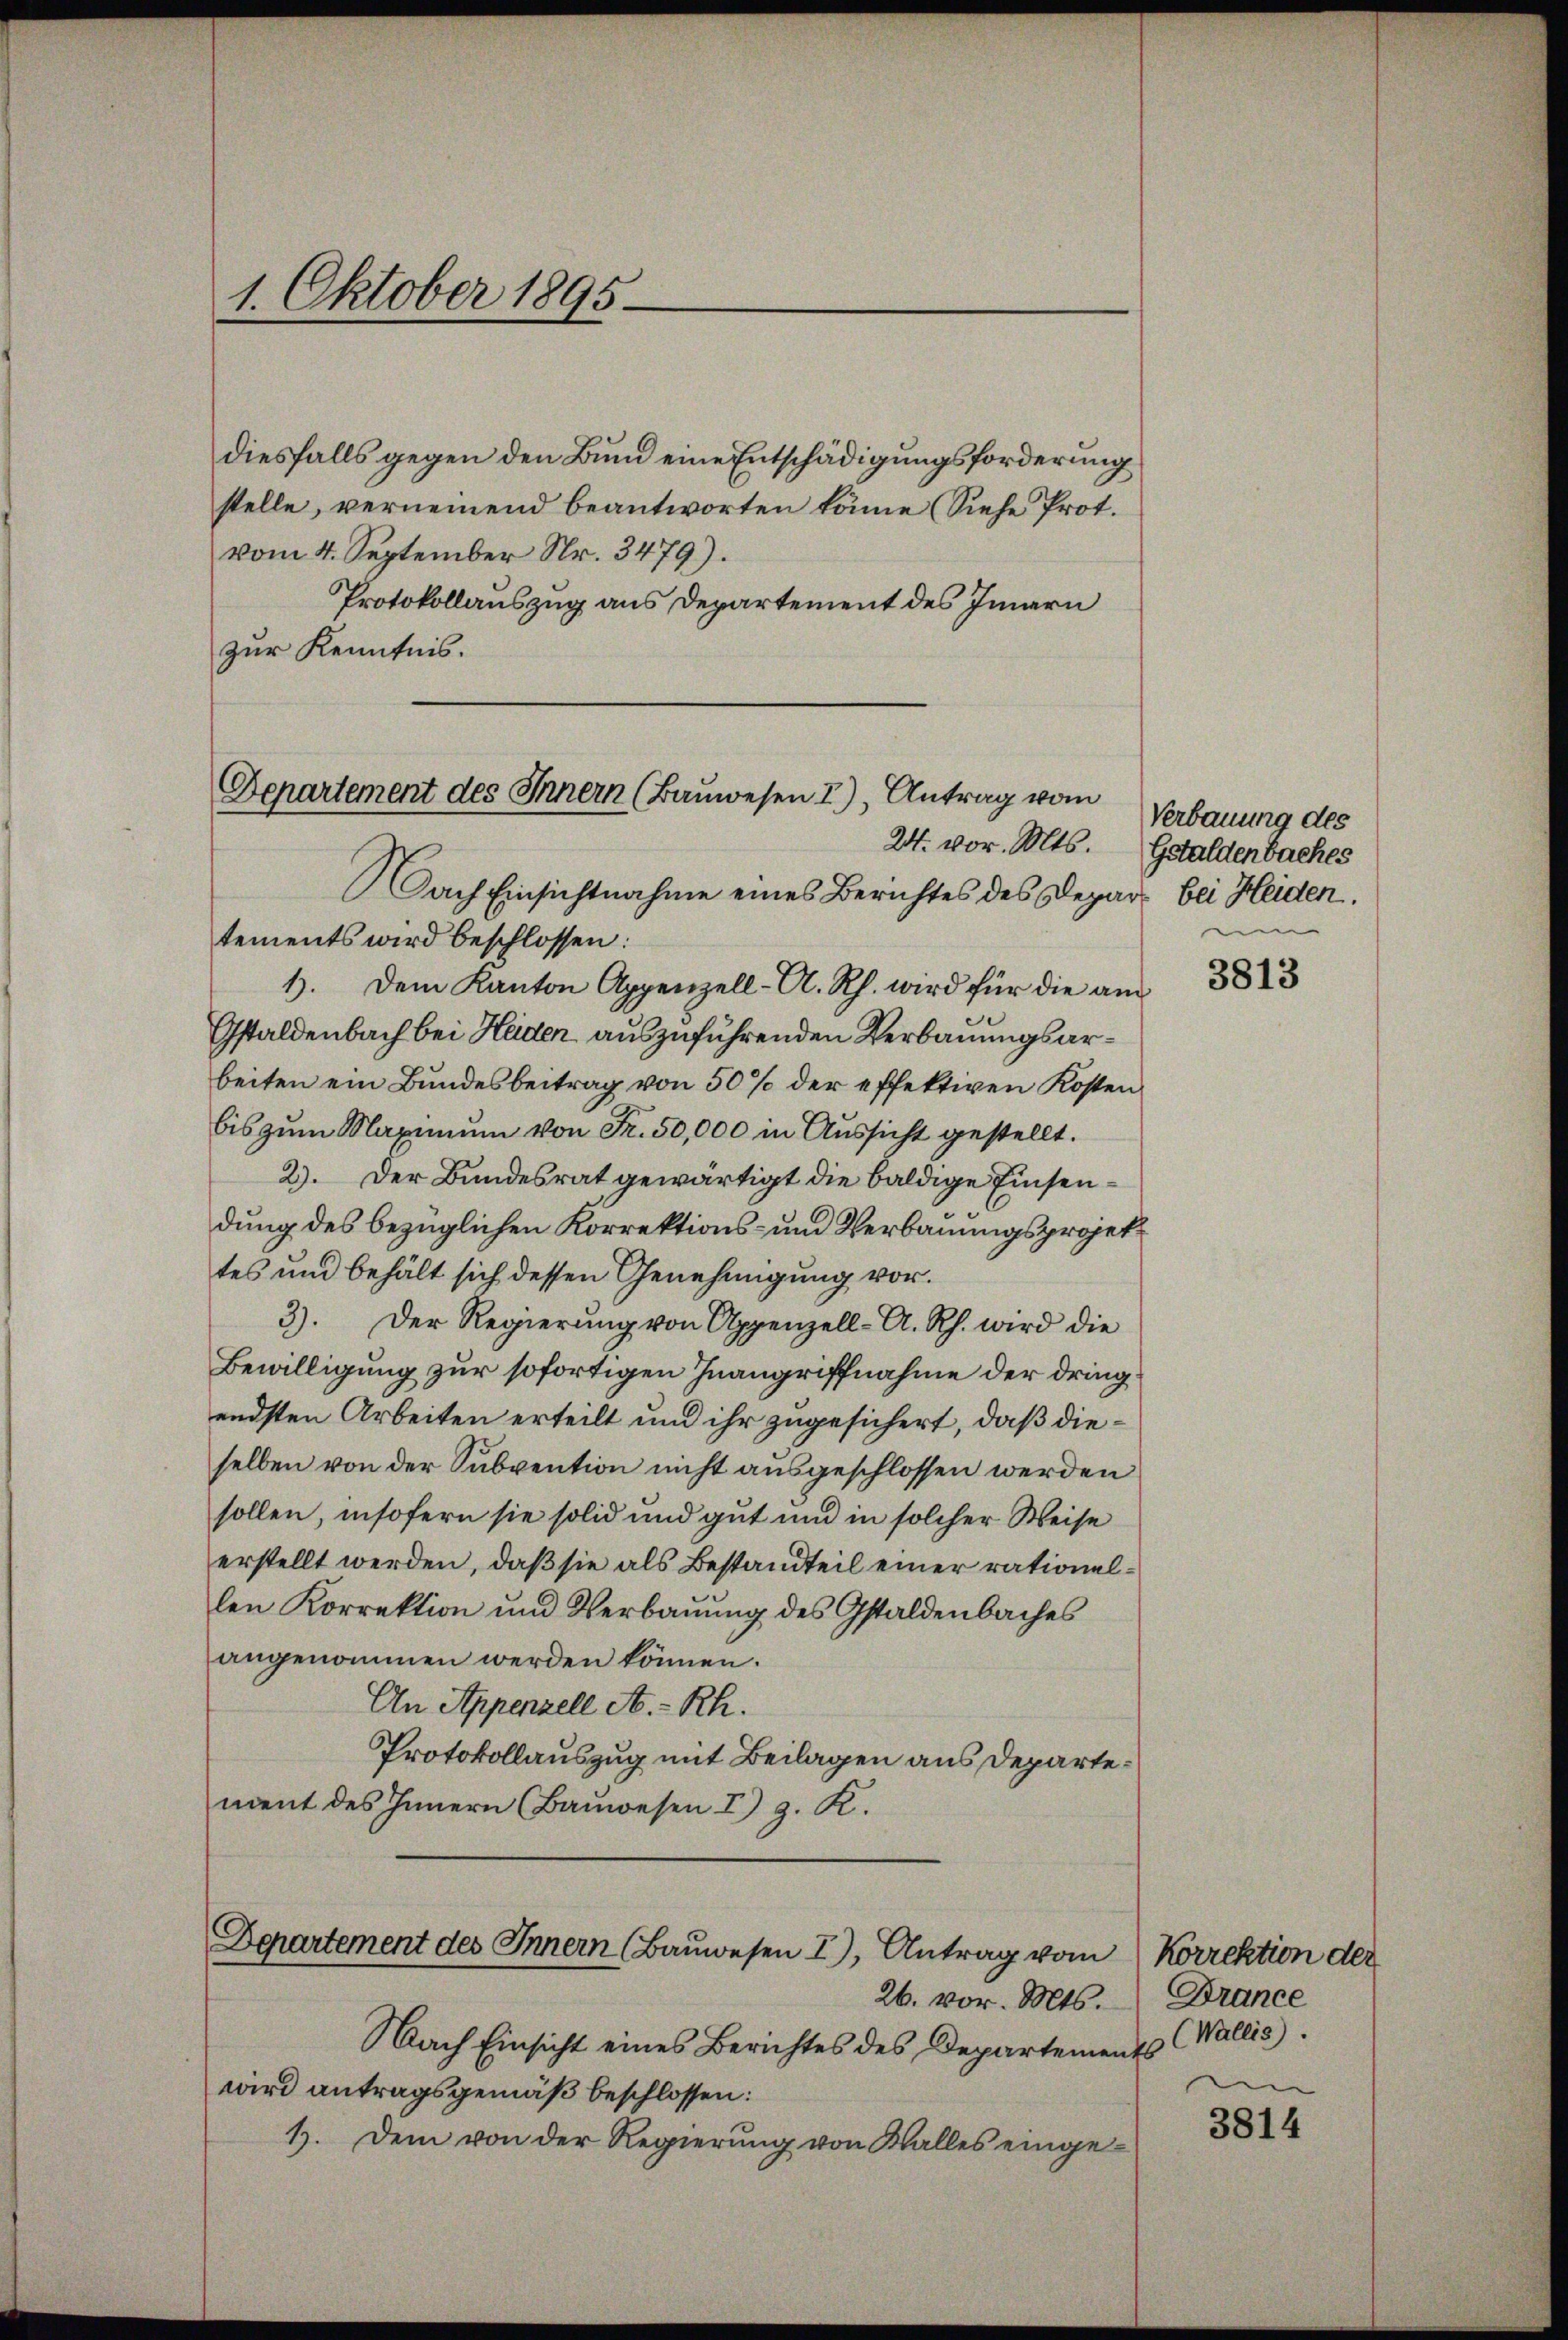
1. Oktober 1895.

diesfalls gegen den Bund eine Entschädigungsforderung
stelle, verneinend beantworten könne (Siehe Prot.
vom 4. September Nr. 3479).
Protokollauszug aus Departement des Innern
zur Kenntnis.
24. vor. Mts. Gstaldenbaches
Nach Einsichtnahme eines Berichtes des Depart bei Heiden.
tements wird beschlossen:
1. Dem Kanton Appenzell-A. Rh. wird für die am
Gstaldenbach bei Heiden auszuführenden Verbauungsarbeiten ein Bundesbeitrag von 50 % der effektiven Kosten
bis zum Naximum von Fr. 50,000 in Aussicht gestellt.
2). Der Bundesrat gewärtigt die baldige Einsendung des bezüglichen Korrektions- und Verbauungsprojettes und behält sich dessen Genehmigung vor.
3). Der Regierŭng von Appenzell-A. Rh. wird die
Bewilligung zur sofortigen Inangriffnahme der dringendsten Arbeiten erteilt und ihr zugesichert, daß dieselben von der Subvention nicht ausgeschlossen werden
sollen, insofern sie solid und gut und in solcher Weise
erstellt werden, daß sie als Bestandteil einer rationellen Korrektion und Verbauung des Gstaldenbaches
angenommen werden können.
An Appenzell A.-Rh.
Protokollauszug mit Beilagen aus Departement des Innern Bauwesen I g. K.

Departement des Innern (Bauwesen 2), Antrag vom

Departement des Innern (Bauwesen I), Antrag vom Korrektion der
26. vor. Mts.

Verbauung des
um

Nach Einsicht eines Berichtes des Departements
wird antragsgemäß beschlossen:
1). Dem von der Regierung von Walles einge-

3813

Brance
(Wallis).

3814